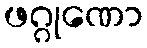
ဖဂ္ဂုဏော